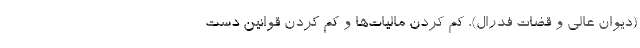
(دیوان عالی و قضات فدرال)، کم کردن مالیات‌ها و کم کردن قوانین دست